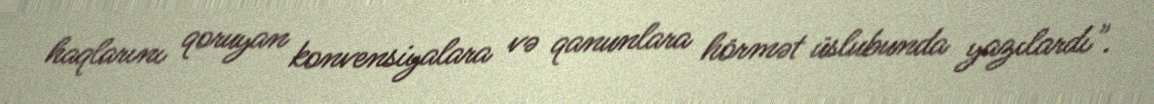
haqlarını qoruyan konvensiyalara və qanunlara hörmət üslubunda yazılardı".